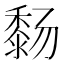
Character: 𬓸